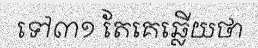
ទៅ៣១ តែគេឆ្លើយថា